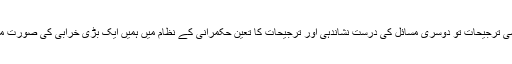
ایک طرف کمزور سیاسی ترجیحات تو دوسری مسائل کی درست نشاندہی اور ترجیحات کا تعین حکمرانی کے نظام میں ہمیں ایک بڑی خرابی کی صورت میں دیکھنے کو ملتا ہے۔